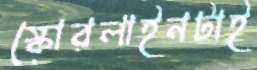
স্কোরলাইনটাই